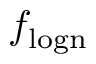
f _ { \mathrm { l o g n } }